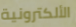
الألكترونية